Punjab Mental Hospital Lahore 1922-31 - 1922-1931
Year: 1922
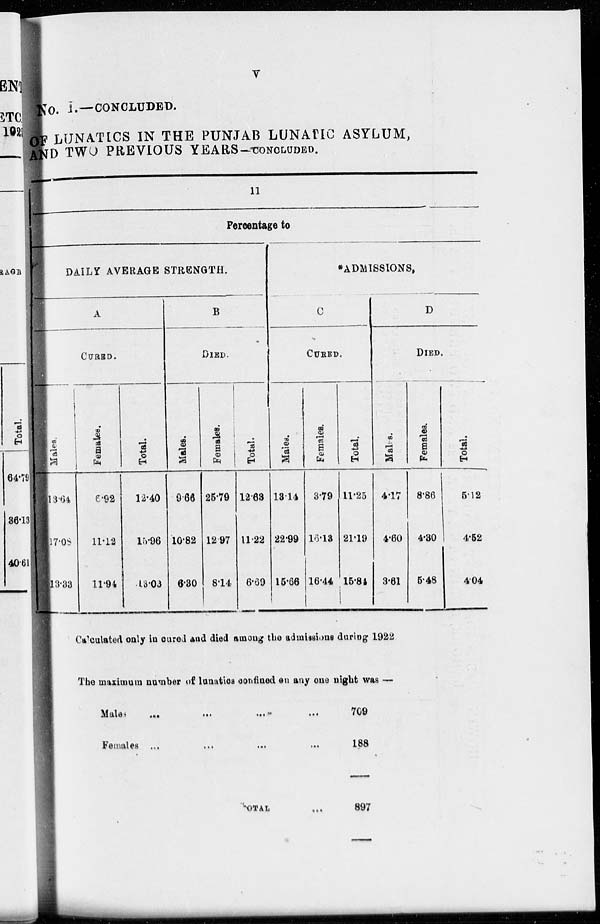
v
No. I.—CONCLUDED.
OF LUNATICS IN THE PUNJAB LUNATIC ASYLUM,
AND TWO PREVIOUS YEARS-CONCLUDED.
11
Percentage to
DAILY AVERAGE STRENGTH.
A
CURED.
Males.
13 64
17.08
13.33
Females.
6.92
11.12
11.94
Total.
12.40
15.96
13.03
B
DIED.
Males.
9.66
10.82
6.30
Females.
25.79
12.97
8.14
Total.
12.63
11.22
6.69
*ADMISSIONS,
C
CURED.
Males.
13.14
22.99
15.66
Females.
3.79
16.13
16.44
Total.
11.25
21.19
15.84
D
DIED.
Males.
4.17
4.60
3.61
Females.
8.86
4.30
5.48
Total.
5.12
4.52
4.04
Calculated only in cured and died among the admissions during 1922
The maximum number of lunatics confined on any one night was —
Males ... ... ... ... ...
Females ... ... ... ... ...
TOTAL ...
709
188
897